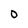
Character: D